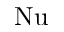
\mathrm { N u }